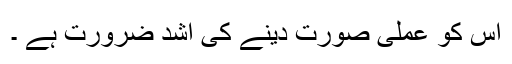
اس کو عملی صورت دینے کی اشد ضرورت ہے ۔